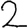
Digit: 2